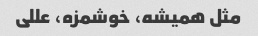
مثل همیشه، خوشمزه، عللی